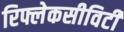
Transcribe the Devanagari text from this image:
रिफ्लेकसीविटी